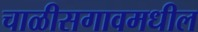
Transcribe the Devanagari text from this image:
चाळीसगावमधील